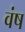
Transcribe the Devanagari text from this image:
वंष